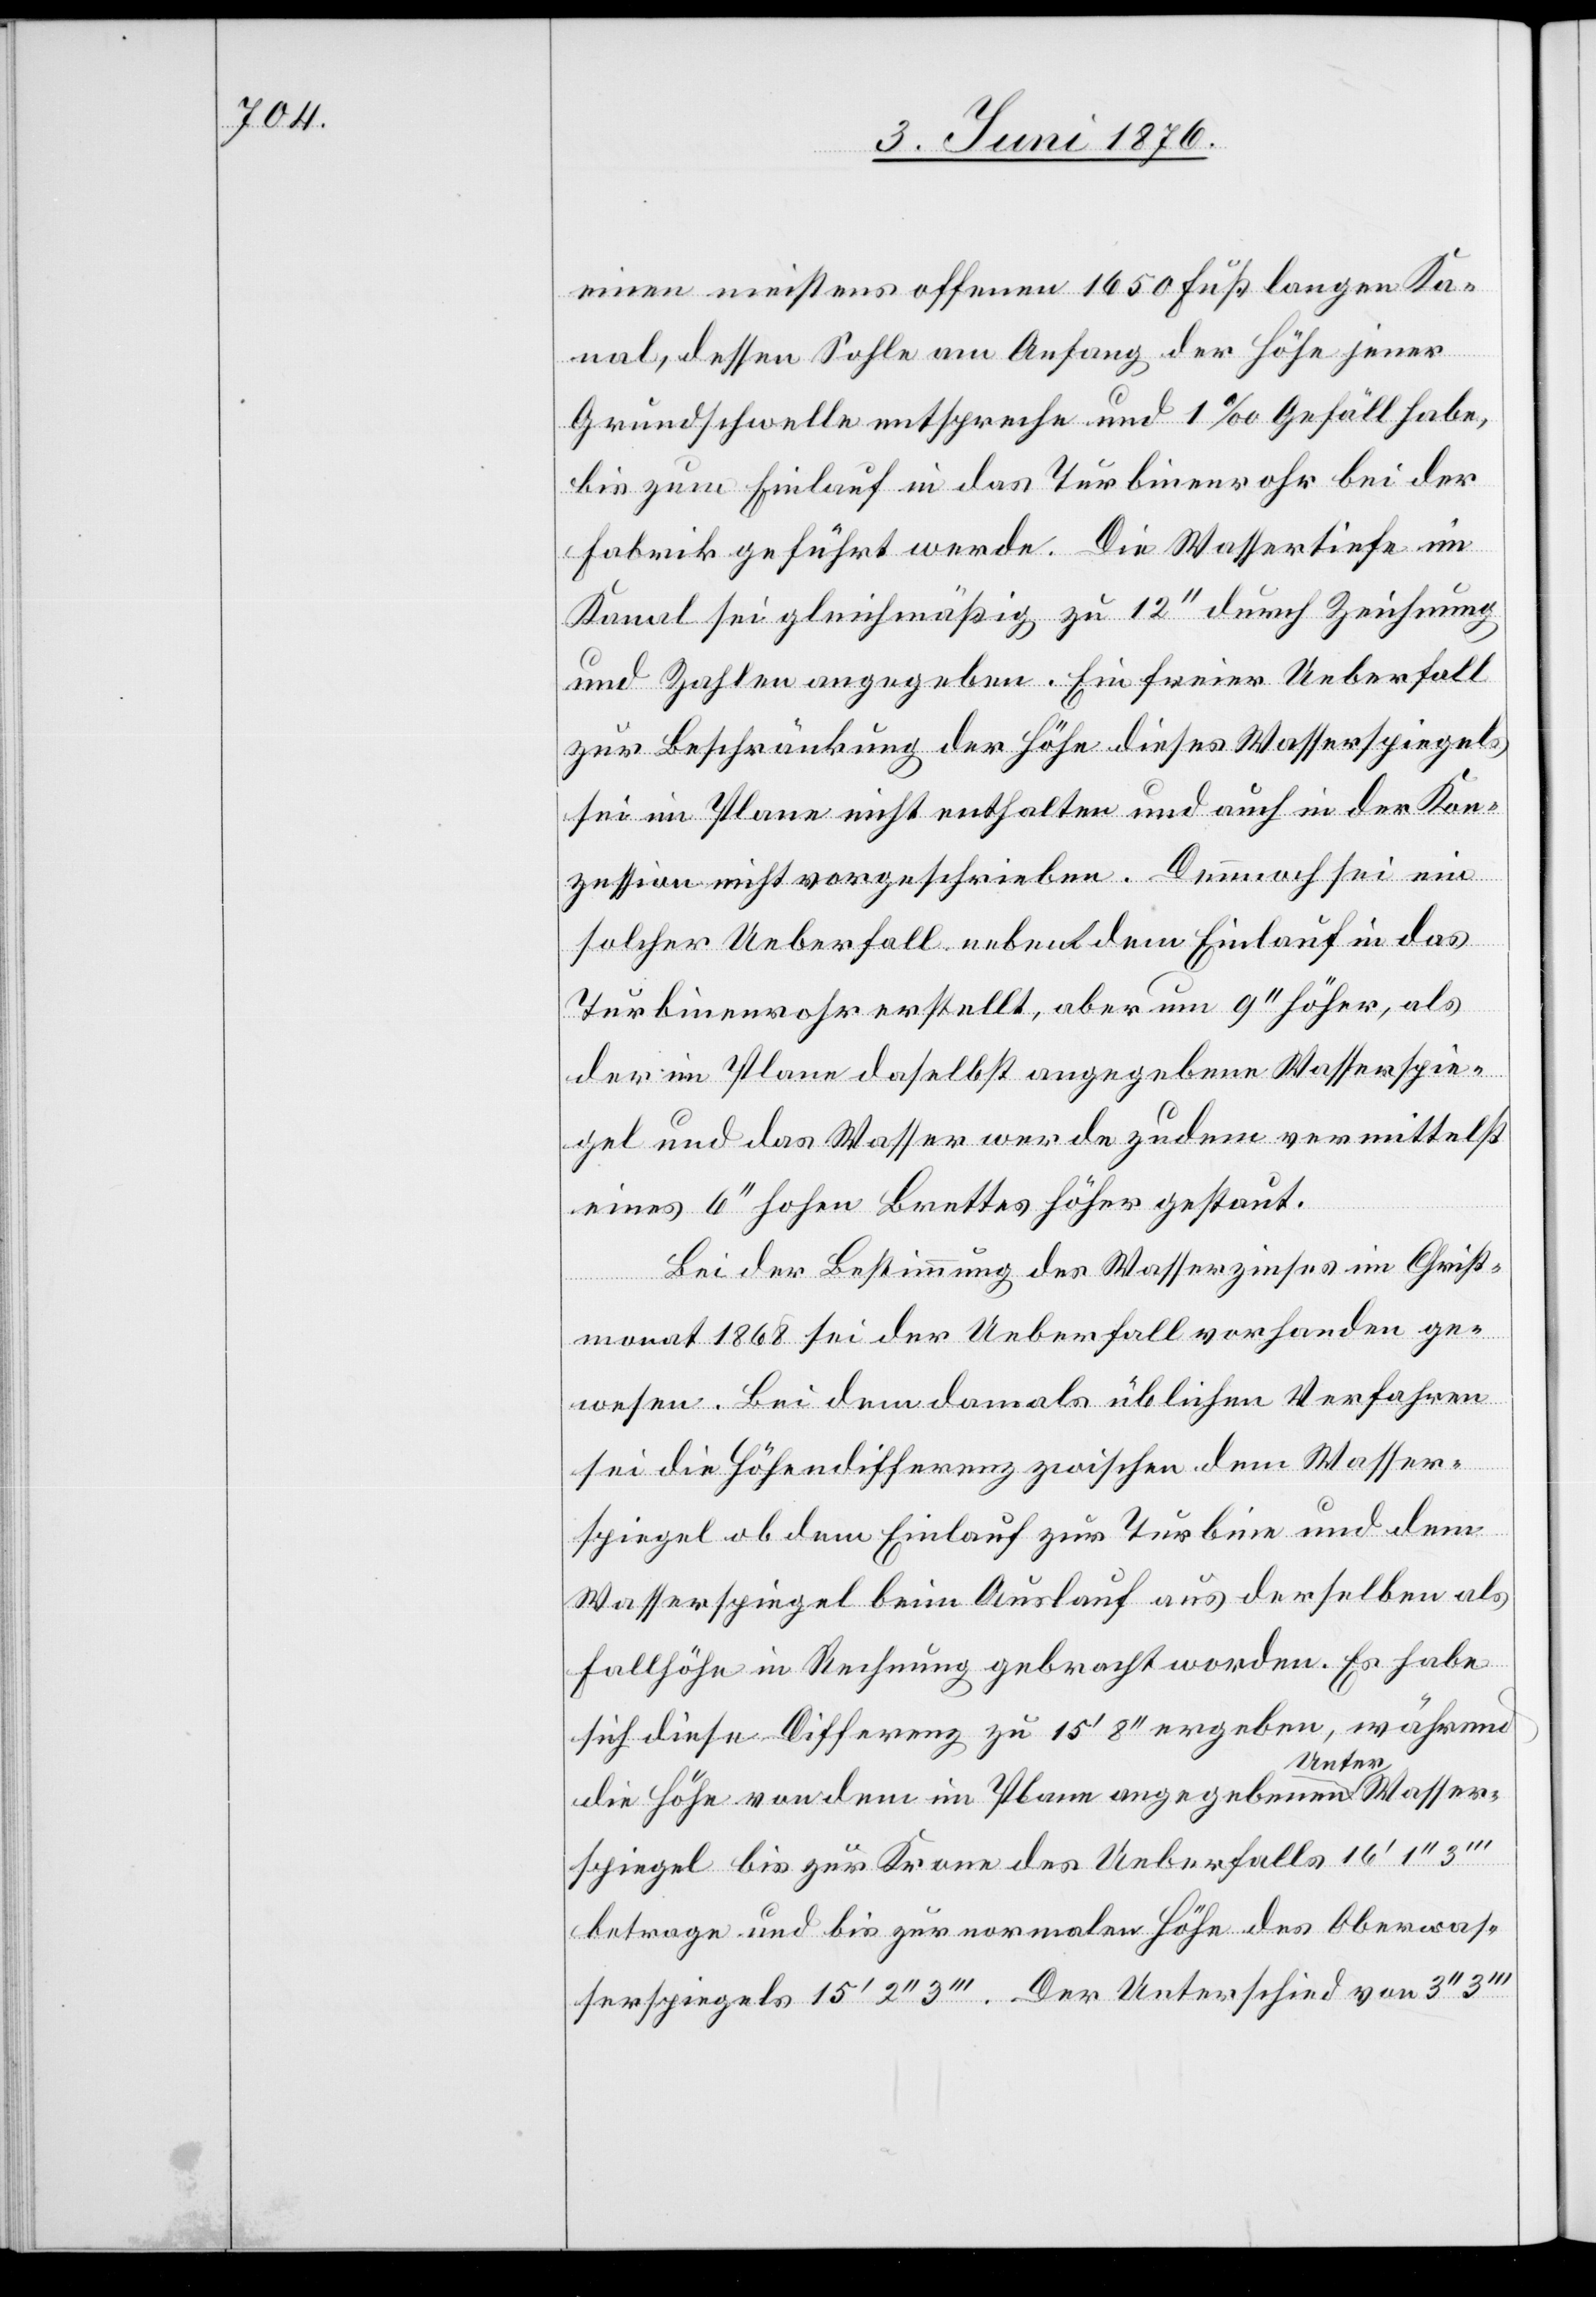
einen meistens offenen 1650 Fuß langen Ka¬
nal, dessen Sohle am Anfang der Höhe jener
Grundschwelle entspreche und 1 ‰ Gefäll habe,
bis zum Einlauf in das Turbinenrohr bei der
Fabrik geführt werde. Die Wassertiefe im
Kanal sei gleichmäßig zu 12‘‘ durch Zeichnung
und Zahlen angegeben. Ein freier Ueberfall
zur Beschränkung der Höhe dieses Wasserspiegels
sei im Plane nicht enthalten und auch in der Kon¬
zession nicht vorgeschrieben. Dennoch sei ein
solcher Ueberfall neben dem Einlauf in das
Turbinenrohr erstellt, aber um 9‘‘ höher, als
der im Plane daselbst angegebene Wasserspie¬
gel und das Wasser werde zudem vermittelst
eines 6‘‘ hohen Brettes höher gestaut.
Bei der Bestimmung des Wasserzinses im Christ¬
monat 1868 sei der Ueberfall vorhanden ge¬
wesen. Bei dem damals üblichen Verfahren
sei die Höhendifferenz zwischen dem Wasser¬
spiegel ob dem Einlauf zur Turbine und dem
Wasserspiegel beim Auslauf aus derselben als
Fallhöhe in Rechnung gebracht worden. Es habe
sich diese Differenz zu 15‘ 8‘‘ ergeben, während
die Höhe von dem im Plane angegebenen a-Unter-aWasser¬
spiegel bis zur Krone des Ueberfalls 16‘ 1‘‘
betrage und bis zur normalen Höhe des Oberwas¬
serspiegels 15‘ 2‘‘ 3‘‘‘. Der Unterschied von 3‘‘